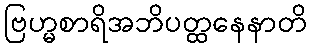
ဗြဟ္မစာရိအဘိပတ္ထနေနာတိ